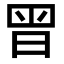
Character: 𭥴